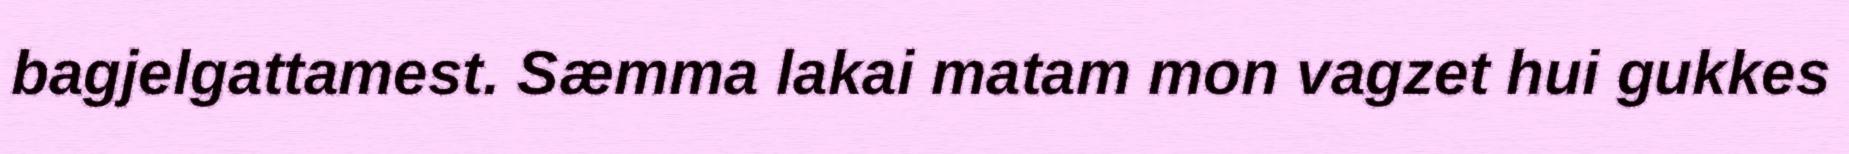
bagjelgattamest. Sæmma lakai matam mon vagzet hui gukkes